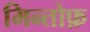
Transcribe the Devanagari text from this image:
मिन्तोफ़